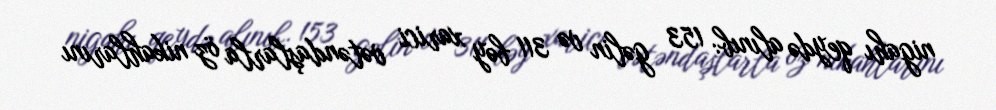
nigahı qeydə alınıb: 153 gəlin və 311 bəy xarici vətəndaşlarla öz nikahlarını